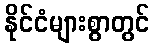
နိုင်ငံများစွာတွင်